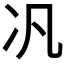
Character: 𪞖